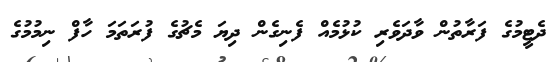
ދެޓީމުގެ ފަރާތުން ވާދަވެރި ކުޅުމެއް ފެނިގެން ދިޔަ މެޗުގެ ފުރަތަމަ ހާފް ނިމުމުގެ